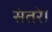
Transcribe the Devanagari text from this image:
संतरे।